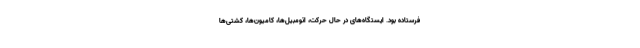
فرستاده بود. ایستگاه‌های در حال حرکت، اتومبیل‌ها، کامیون‌ها، کشتی‌ها